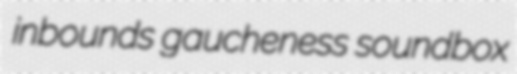
inbounds gaucheness soundbox